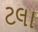
ટલા